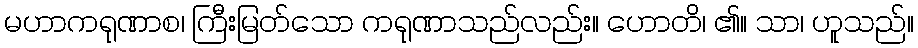
မဟာကရုဏာစ၊ ကြီးမြတ်သော ကရုဏာသည်လည်း။ ဟောတိ၊ ၏။ သာ၊ ဟူသည်။